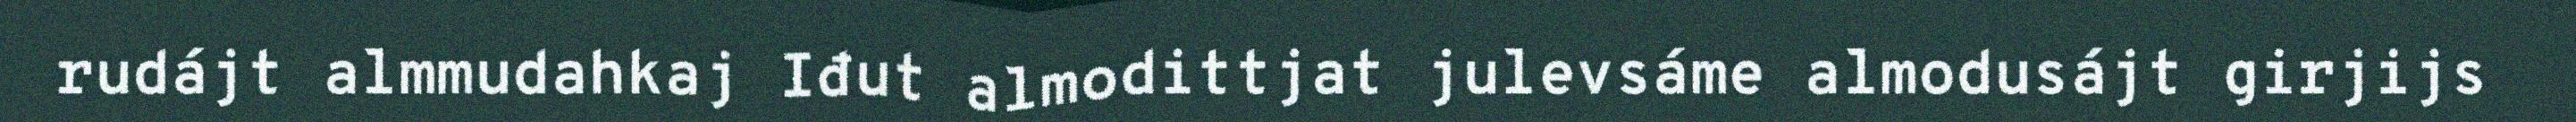
rudájt almmudahkaj Iđut almodittjat julevsáme almodusájt girjijs